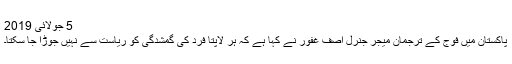
5 جولائی 2019
پاکستان میں فوج کے ترجمان میجر جنرل آصف غفور نے کہا ہے کہ ہر لاپتا فرد کی گمشدگی کو ریاست سے نہیں جوڑا جا سکتا۔